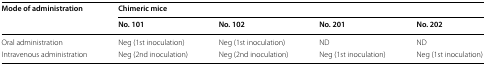
<table><thead><tr><td rowspan="2"><b>Mode of administration</b></td><td colspan="4"><b>Chimeric mice</b></td></tr><tr><td><b>No. 101</b></td><td><b>No. 102</b></td><td><b>No. 201</b></td><td><b>No. 202</b></td></tr></thead><tbody><tr><td>Oral administration</td><td>Neg (1st inoculation)</td><td>Neg (1st inoculation)</td><td>ND</td><td>ND</td></tr><tr><td>Intravenous administration</td><td>Neg (2nd inoculation)</td><td>Neg (2nd inoculation)</td><td>Neg (1st inoculation)</td><td>Neg (1st inoculation)</td></tr></tbody></table>